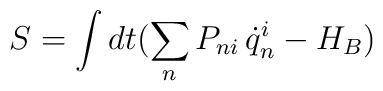
S  = \int dt (\sum_n P_{ni}\, \dot q_n^i -H_B)